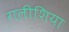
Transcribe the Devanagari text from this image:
गलीशिया